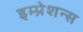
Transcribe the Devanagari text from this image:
इम्प्रेशन्स